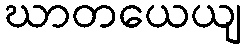
ဃာတယေယျ